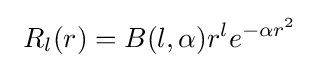
\ R_{l}(r)=B(l,\alpha )r^{l}e^{-\alpha r^{2}}